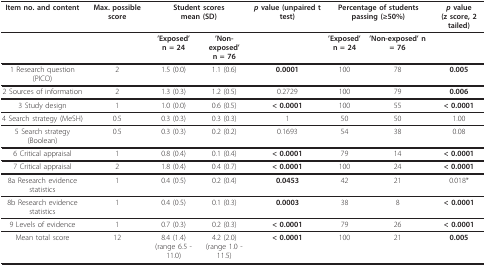
<table><thead><tr><td><b>Item no. and content</b></td><td><b>Max. possible score</b></td><td colspan="2"><b>Student scoresmean (SD)</b></td><td><b><i>p </i>value (unpaired t test)</b></td><td colspan="2"><b>Percentage of students passing (≥50%)</b></td><td><b><i>p </i>value(z score, 2 tailed)</b></td></tr></thead><tbody><tr><td></td><td></td><td><b>&#x27;Exposed&#x27;</b><b>n = 24</b></td><td><b>&#x27;Non-exposed&#x27;</b><b>n = 76</b></td><td></td><td><b>&#x27;Exposed&#x27;</b><b>n = 24</b></td><td><b>&#x27;Non-exposed&#x27; n = 76</b></td><td></td></tr><tr><td>1 Research question (PICO)</td><td>2</td><td>1.5 (0.0)</td><td>1.1 (0.6)</td><td><b>0.0001</b></td><td>100</td><td>78</td><td><b>0.005</b></td></tr><tr><td>2 Sources of information</td><td>2</td><td>1.3 (0.3)</td><td>1.2 (0.5)</td><td>0.2729</td><td>100</td><td>79</td><td><b>0.006</b></td></tr><tr><td>3 Study design</td><td>1</td><td>1.0 (0.0)</td><td>0.6 (0.5)</td><td><b>&lt; 0.0001</b></td><td>100</td><td>55</td><td><b>&lt; 0.0001</b></td></tr><tr><td>4 Search strategy (MeSH)</td><td>0.5</td><td>0.3 (0.3)</td><td>0.3 (0.3)</td><td>1</td><td>50</td><td>50</td><td>1.00</td></tr><tr><td>5 Search strategy (Boolean)</td><td>0.5</td><td>0.3 (0.3)</td><td>0.2 (0.2)</td><td>0.1693</td><td>54</td><td>38</td><td>0.08</td></tr><tr><td>6 Critical appraisal</td><td>1</td><td>0.8 (0.4)</td><td>0.1 (0.4)</td><td><b>&lt; 0.0001</b></td><td>79</td><td>14</td><td><b>&lt; 0.0001</b></td></tr><tr><td>7 Critical appraisal</td><td>2</td><td>1.8 (0.4)</td><td>0.4 (0.7)</td><td><b>&lt; 0.0001</b></td><td>100</td><td>24</td><td><b>&lt; 0.0001</b></td></tr><tr><td>8a Research evidence statistics</td><td>1</td><td>0.4 (0.5)</td><td>0.2 (0.4)</td><td><b>0.0453</b></td><td>42</td><td>21</td><td>0.018*</td></tr><tr><td>8b Research evidence statistics</td><td>1</td><td>0.4 (0.5)</td><td>0.1 (0.3)</td><td><b>0.0003</b></td><td>38</td><td>8</td><td><b>&lt; 0.0001</b></td></tr><tr><td>9 Levels of evidence</td><td>1</td><td>0.7 (0.3)</td><td>0.2 (0.3)</td><td><b>&lt; 0.0001</b></td><td>79</td><td>26</td><td><b>&lt; 0.0001</b></td></tr><tr><td>Mean total score</td><td>12</td><td>8.4 (1.4)(range 6.5 - 11.0)</td><td>4.2 (2.0)(range 1.0 - 11.5)</td><td><b>&lt; 0.0001</b></td><td>100</td><td>21</td><td><b>0.005</b></td></tr></tbody></table>